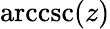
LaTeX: \operatorname{arccsc}(z)